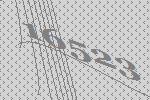
16523